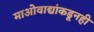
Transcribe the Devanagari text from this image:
माओवाद्यांकडूनही